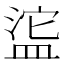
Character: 𬐥